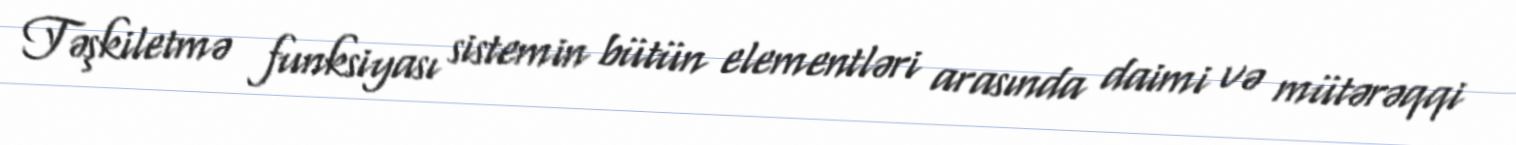
Təşkiletmə funksiyası sistemin bütün elementləri arasında daimi və mütərəqqi